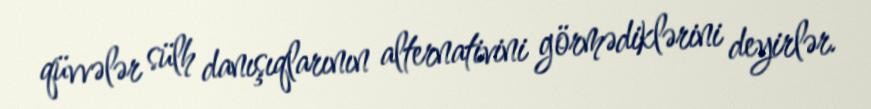
qüvvələr sülh danışıqlarının alternativini görmədiklərini deyirlər.